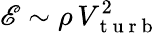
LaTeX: \mathscr{E}\sim\rho\, V_{\mathrm{~t~u~r~b~}}^{2}